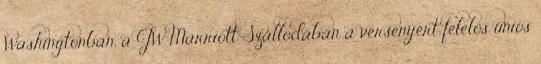
Washingtonban, a JW Marriott Szállodában a versenyért felelős uniós